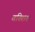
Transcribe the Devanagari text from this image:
बख्शिश